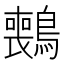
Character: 𫛑